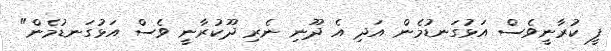
ފީ ކުރާނީވެސް އަޅުގަނޑުމެން އަދި އެ ދޫނި ނެރި ދޫކުރާނީ ވެސް އަޅުގަނޑުމެން"